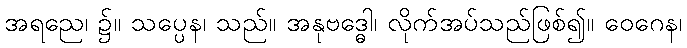
အရညေ၊ ၌။ သပ္ပေန၊ သည်။ အနုဗဒ္ဓေါ၊ လိုက်အပ်သည်ဖြစ်၍။ ဝေဂေန၊